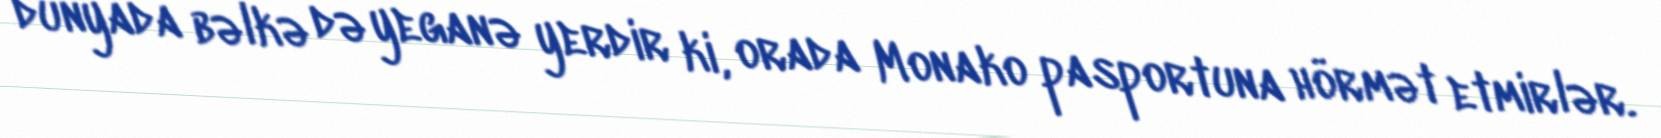
dünyada bəlkə də yeganə yerdir ki, orada Monako pasportuna hörmət etmirlər.